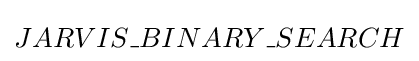
JARVIS\_BINARY\_SEARCH